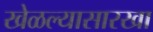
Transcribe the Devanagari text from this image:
खेळल्यासारखा